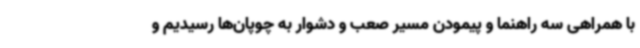
با همراهی سه راهنما و پیمودن مسیر صعب و دشوار به چوپان‌ها رسیدیم و